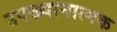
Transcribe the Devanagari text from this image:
उपख्यानात्मक